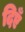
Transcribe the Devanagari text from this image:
दिएँ